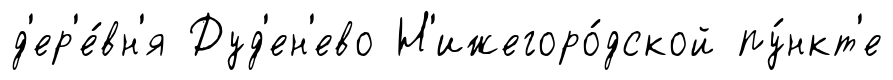
д'ер'е́вн'я Дуд'ен'ево Н'ижегоро́дской пу́нкт'е